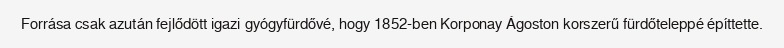
Forrása csak azután fejlődött igazi gyógyfürdővé, hogy 1852-ben Korponay Ágoston korszerű fürdőteleppé építtette.